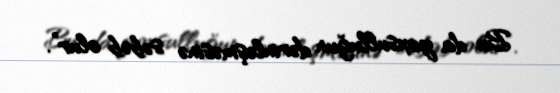
Bu da yoxsulluğun dərinləşməsinə səbəb olur”.